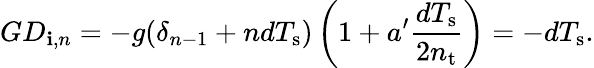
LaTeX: GD_{\mathbf{i},n}=-g(\delta_{n-1}+ndT_{\mathrm{{s}}})\left(1+a^{\prime}\frac{{dT_{\mathrm{{s}}}}}{{2n_{\mathrm{{t}}}}}\right)=-dT_{\mathrm{{s}}}.